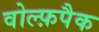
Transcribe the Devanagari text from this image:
वोल्फ़पैक